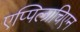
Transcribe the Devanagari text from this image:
एप्पिलाचिएन